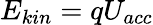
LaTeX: E_{kin}=qU_{acc}